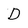
Character: D